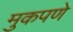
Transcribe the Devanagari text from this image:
मुकपणे